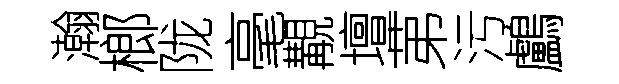
瀚榔陇毫覯壇苐污鸕